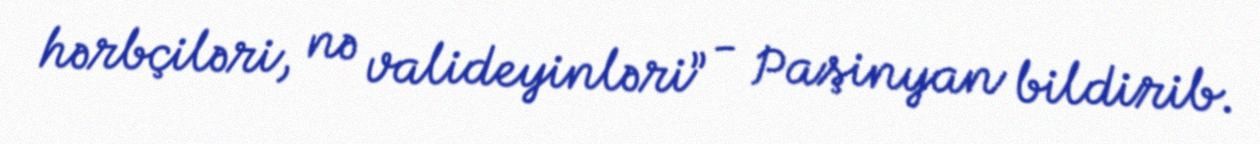
hərbçiləri, nə valideyinləri” - Paşinyan bildirib.